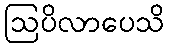
ဩပိလာပေသိ